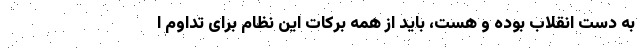
به دست انقلاب بوده و هست، باید از همه برکات این نظام برای تداوم ا